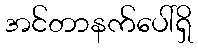
အင်တာနက်ပေါ်ရှိ